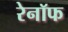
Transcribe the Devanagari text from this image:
रेनॉफ